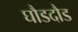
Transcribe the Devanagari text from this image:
घौडदौड